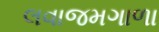
લવાજમગાળા